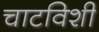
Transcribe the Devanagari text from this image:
चाटविशी